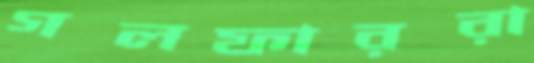
গলফাররা